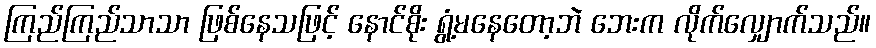
ကြည်ကြည်သာသာ ဖြစ်နေသဖြင့် နောင်စိုး ရွံ့မနေတော့ဘဲ ဘေးက လိုက်လျှောက်သည်။